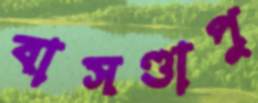
বাসণ্ডাপু